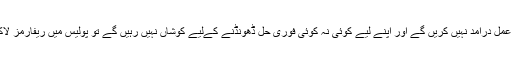
سوال یہ ہے کہ اگر عوام قانون پر عمل درآمد نہیں کریں گے اور اپنے لیے کوئی نہ کوئی فوری حل ڈھونڈنے کےلیے کوشاں نہیں رہیں گے تو پولیس میں ریفارمز لاکر کون سا پہاڑ فتح کرلیا جائے گا۔